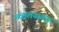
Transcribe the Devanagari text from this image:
मंत्रालयाकडं